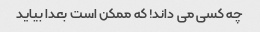
چه کسی می داند! که ممکن است بعدا بیاید